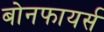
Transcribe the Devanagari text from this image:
बोनफायर्स